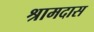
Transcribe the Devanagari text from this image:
श्रामदास